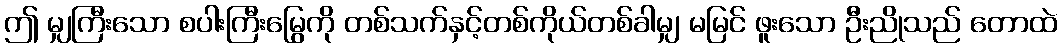
ဤ မျှကြီးသော စပါးကြီးမြွေကို တစ်သက်နှင့်တစ်ကိုယ်တစ်ခါမျှ မမြင် ဖူးသော ဦးညိုသည် တောထဲ